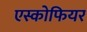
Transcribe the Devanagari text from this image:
एस्कोफियर